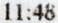
11:48